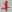
Text: +